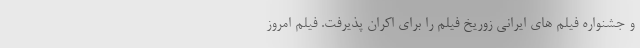
و جشنواره فیلم های ایرانی زوریخ فیلم را برای اکران پذیرفت. فیلم امروز